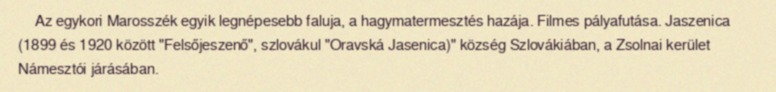
Az egykori Marosszék egyik legnépesebb faluja, a hagymatermesztés hazája. Filmes pályafutása. Jaszenica (1899 és 1920 között "Felsőjeszenő", szlovákul "Oravská Jasenica)" község Szlovákiában, a Zsolnai kerület Námesztói járásában.